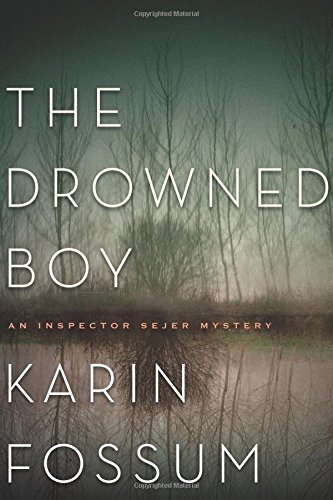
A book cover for The Drowned Boy (Inspector Sejer Mysteries); Karin Fossum; Mystery, Thriller & Suspense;